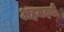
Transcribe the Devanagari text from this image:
अहमदची